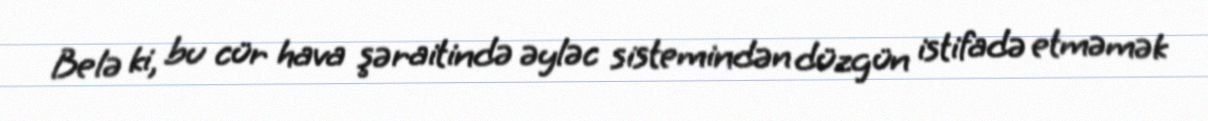
Belə ki, bu cür hava şəraitində əyləc sistemindən düzgün istifadə etməmək